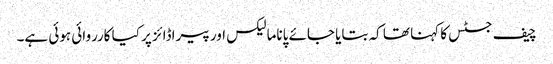
چیف جسٹس کا کہنا تھا کہ بتایا جائے پاناما لیکس اور پیراڈائز پر کیا کارروائی ہوئی ہے۔